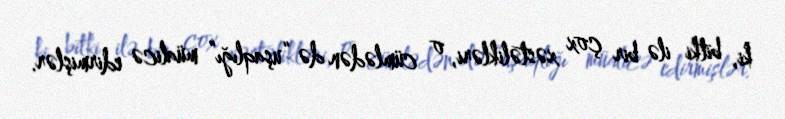
ki, bitki ilə bir çox xəstəlikləri, o cümlədən də “uşaqlığı” müalicə edirmişlər.